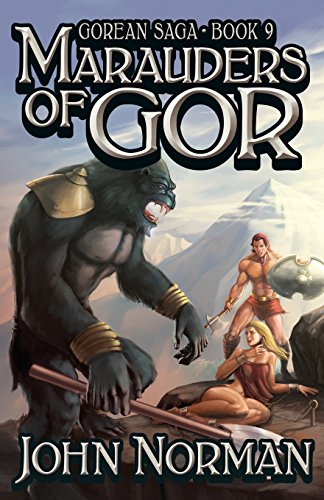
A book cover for Marauders of Gor (Gorean Saga); John Norman; Romance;